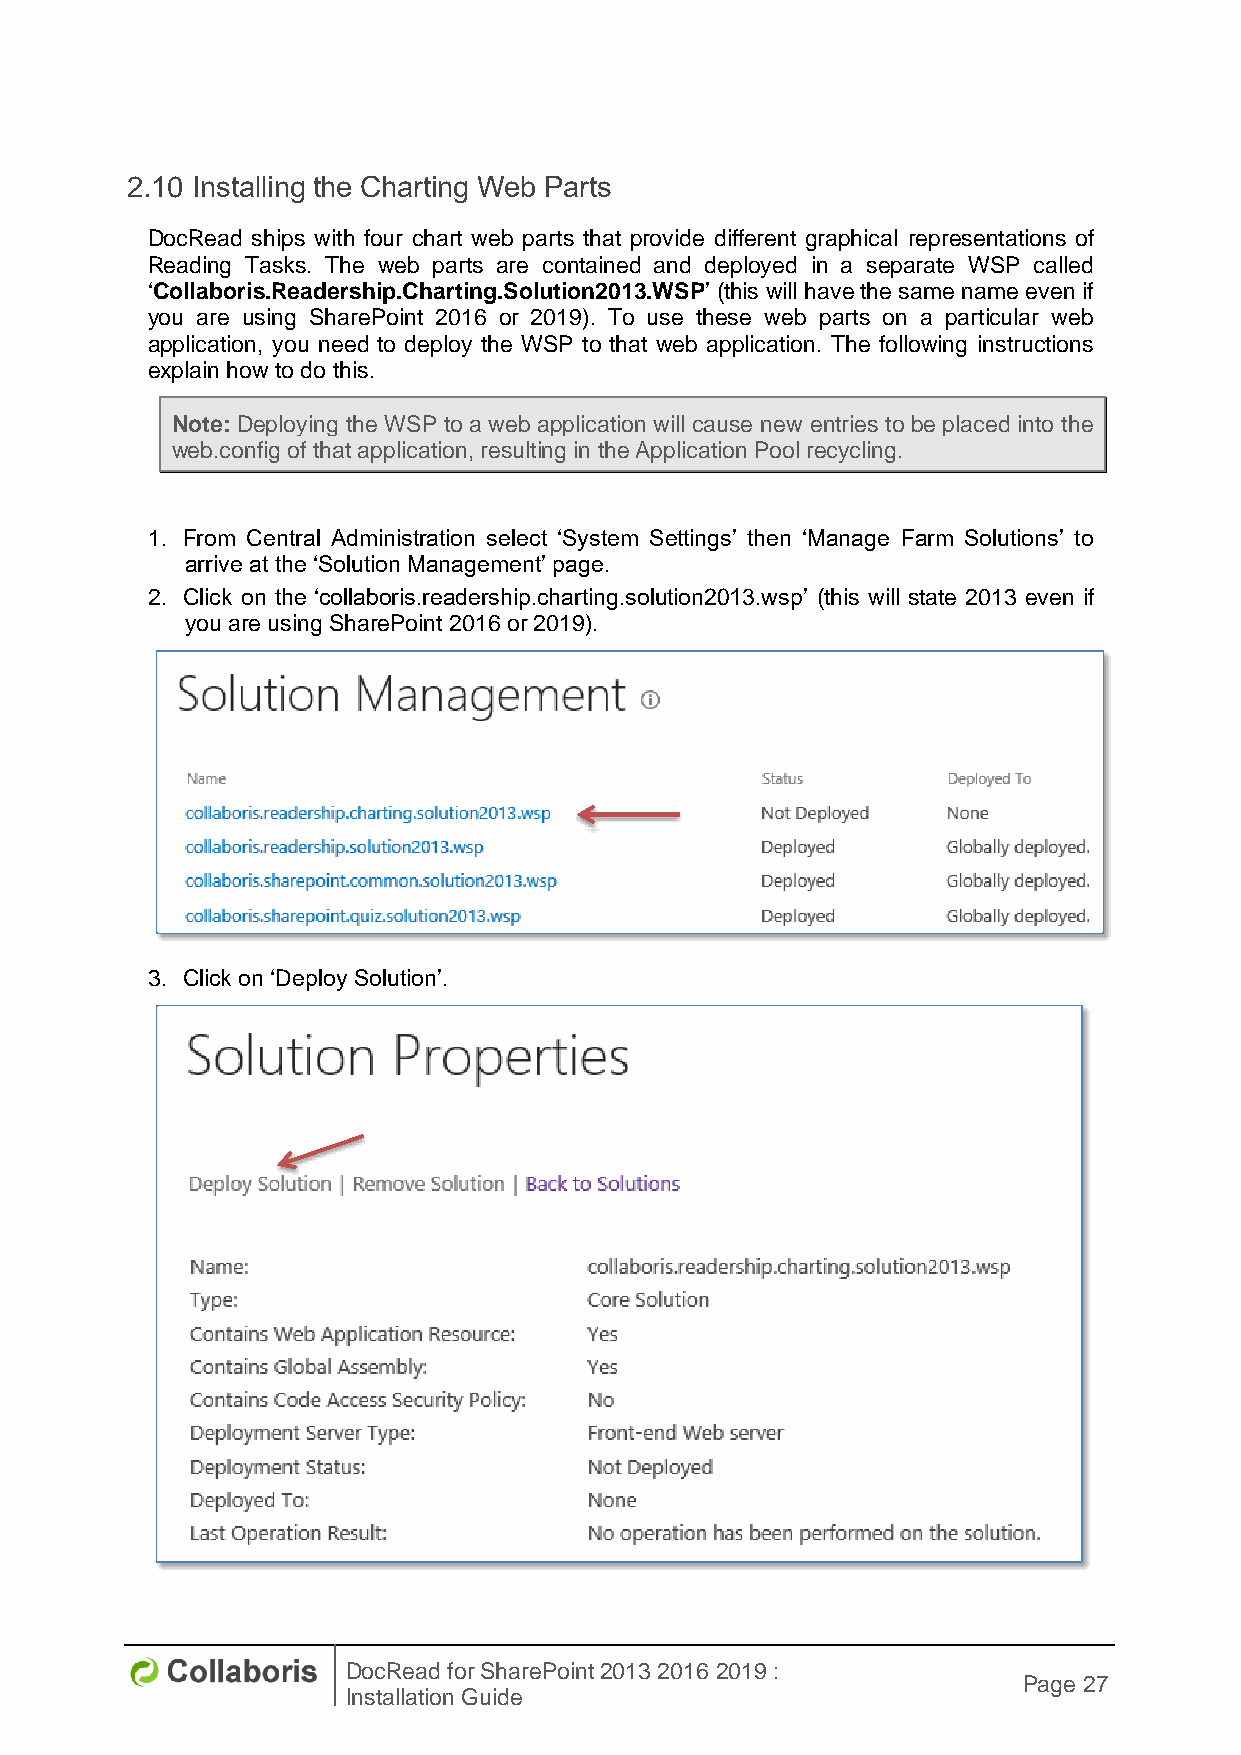
2.10 Installing the Charting Web Parts
 DocRead ships with four chart web parts that provide different graphical representations of
 Reading Tasks. The web parts are contained and deployed in a separate WSP called
 ‘Collaboris.Readership.Charting.Solution2013.WSP’ (this will have the same name even if
 you are using SharePoint 2016 or 2019). To use these web parts on a particular web
 application, you need to deploy the WSP to that web application. The following instructions
 explain how to do this.
 Note: Deploying the WSP to a web application will cause new entries to be placed into the
 web.config of that application, resulting in the Application Pool recycling.
 1. From Central Administration select ‘System Settings’ then ‘Manage Farm Solutions’ to
 arrive at the ‘Solution Management’ page.
 2. Click on the ‘collaboris.readership.charting.solution2013.wsp’ (this will state 2013 even if
 you are using SharePoint 2016 or 2019).
 3. Click on ‘Deploy Solution’.
 DocRead for SharePoint 2013 2016 2019 :
 Page 27
 Installation Guide